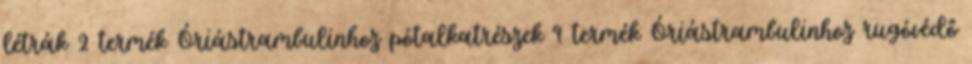
létrák 2 termék Óriástrambulinhoz pótalkatrészek 9 termék Óriástrambulinhoz rugóvédő